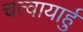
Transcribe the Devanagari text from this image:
चत्वायार्हु